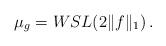
LaTeX: \begin{align*} \mu_g=WSL(2\|f\|_1)\,.\end{align*}